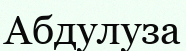
Абдулуза